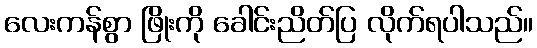
လေးကန်စွာ ဖြိုးကို ခေါင်းညိတ်ပြ လိုက်ရပါသည်။